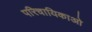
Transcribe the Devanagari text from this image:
परिचायिकाओ